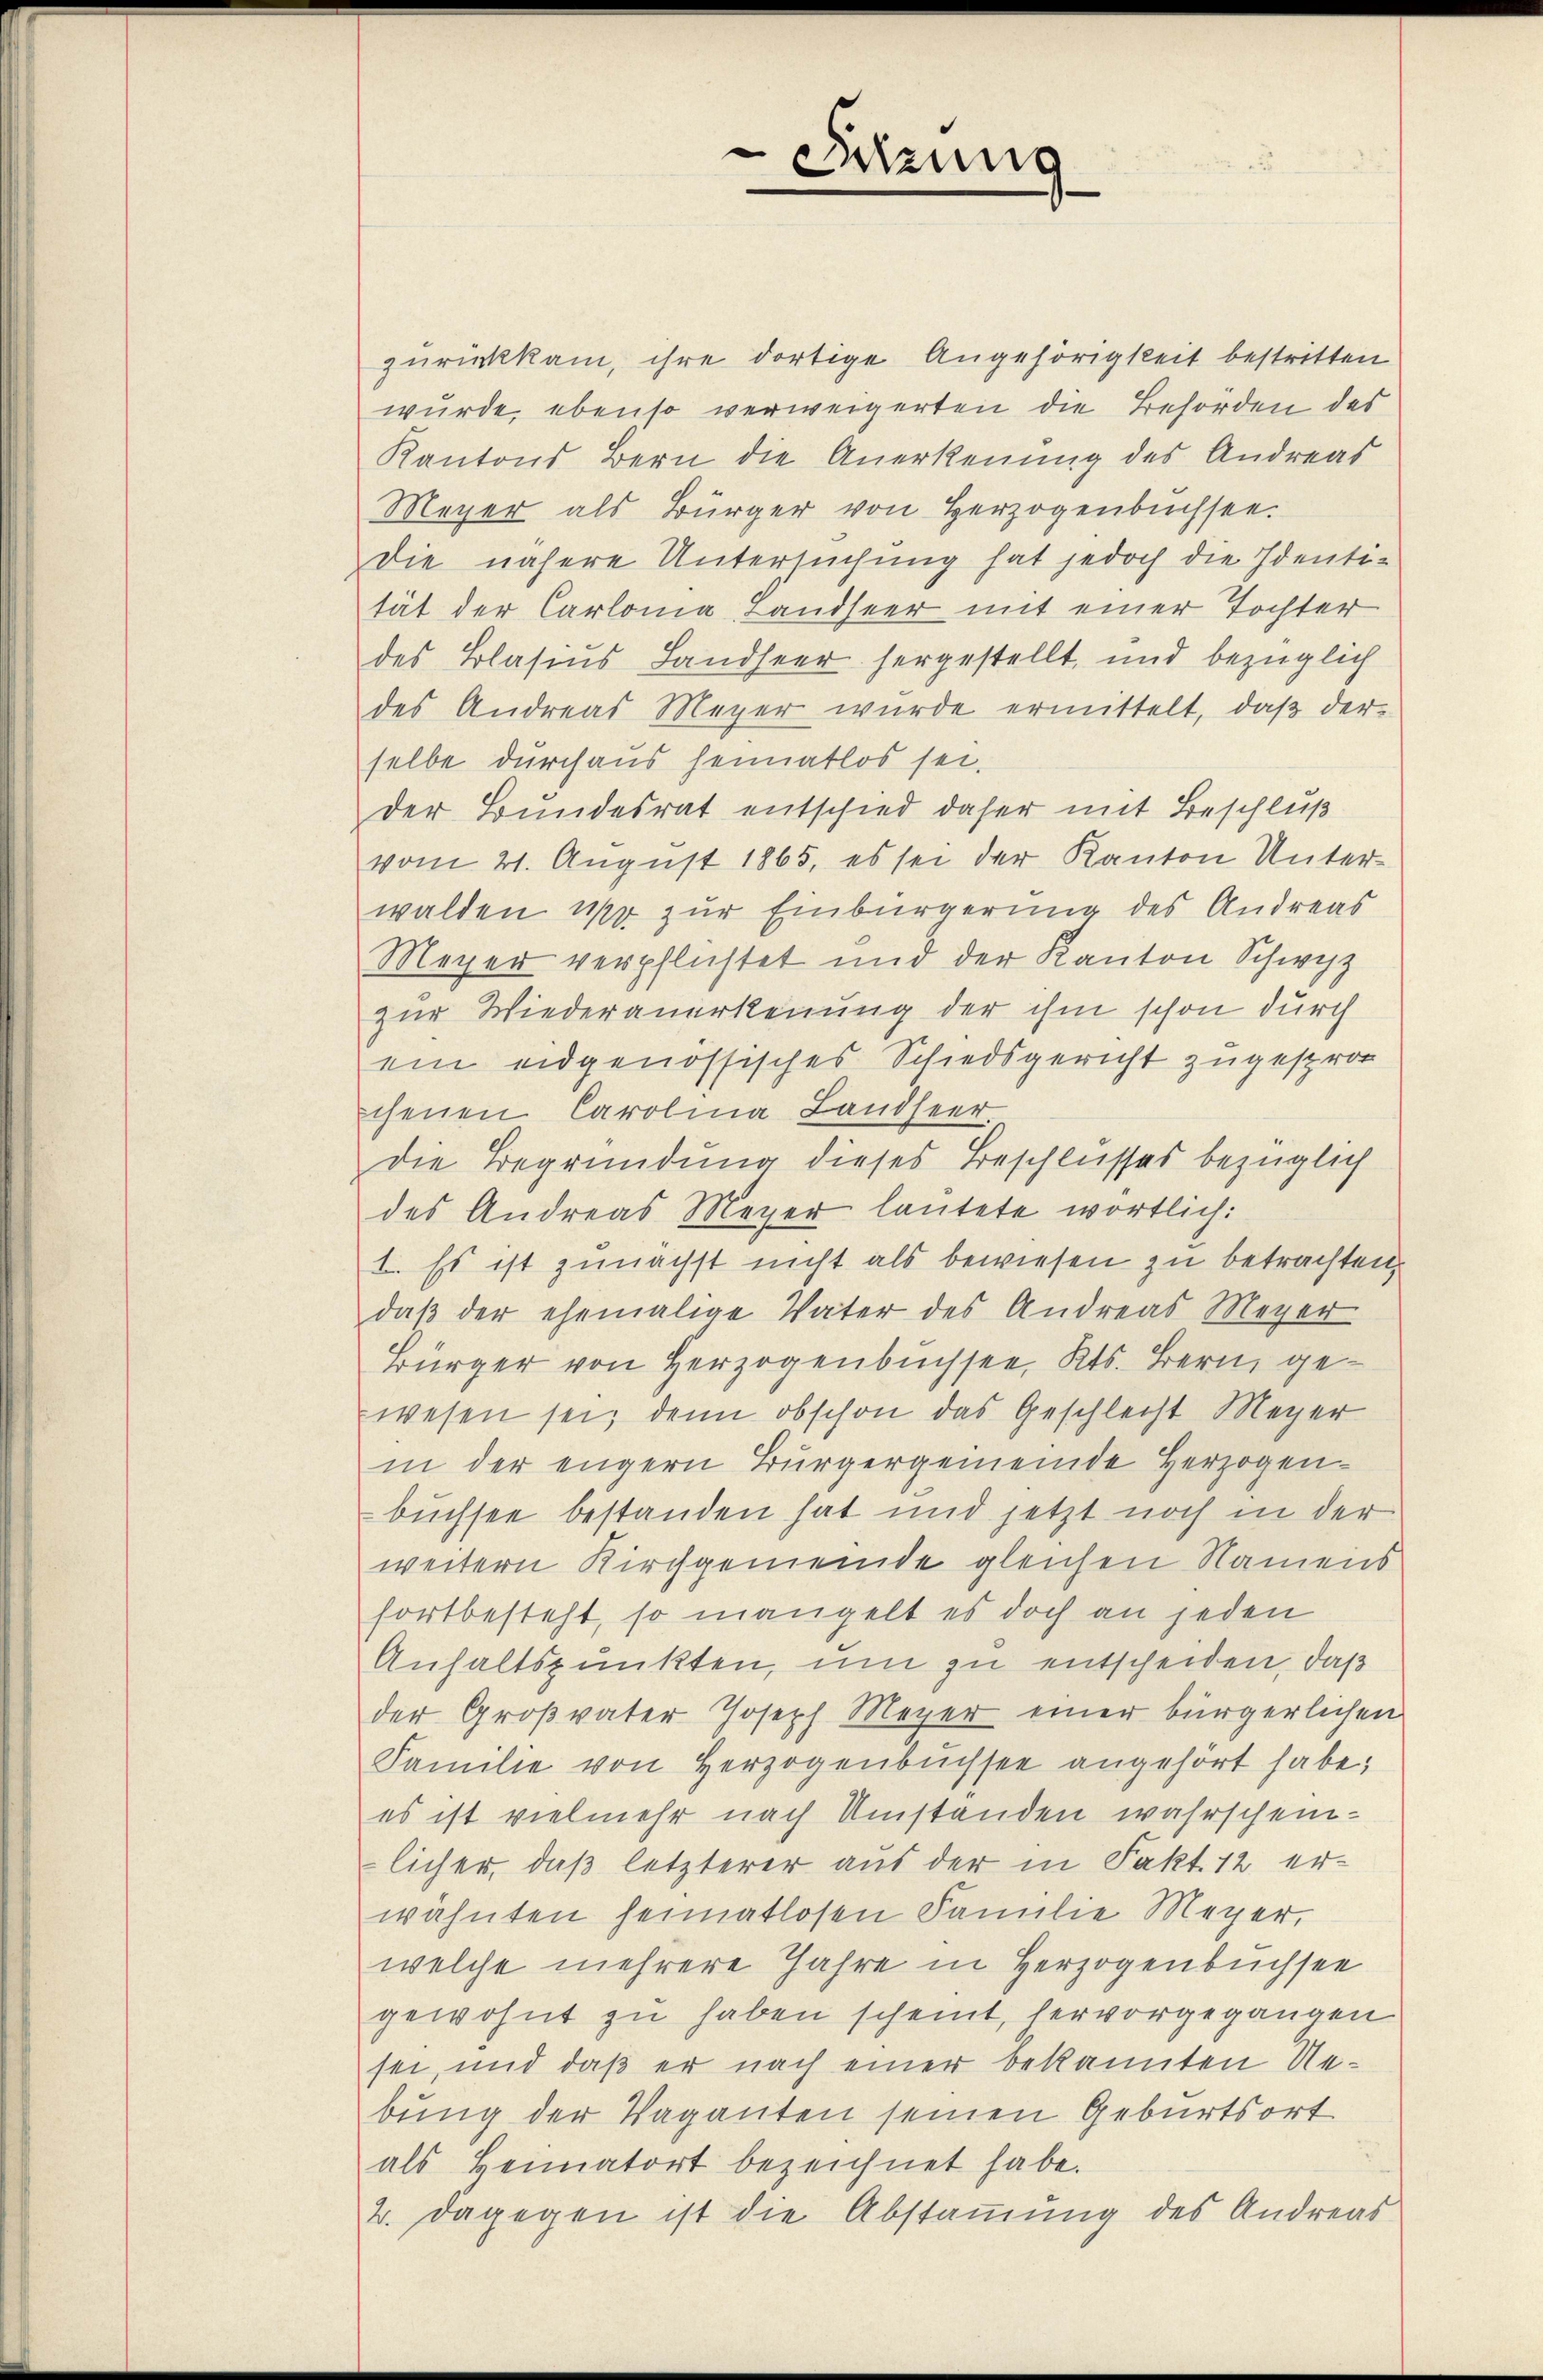
zurückkam, ihre dortige Angehörigkeit bestritten
wurde, ebenso verweigerten die Behörden des
Kantons Bern die Anerkennung des Andreas
Meyer als Bürger von Herzogenbüchsee.
Die nähere Untersuchung hat jedoch die Identi-
tät der Carloma, Landseer mit einer Tochter
des Blasius Landseer hergestellt, und bezüglich
des Andreas Meyer wurde ermittelt, daß der
selbe durchaus heimatlos sei.
der Bundesrat entschied daher mit Beschluß
vom 21. August 1865, es sei der Kanton Unterwalden, wo zur Einbürgerung des Andreas
Meyer verpflichtet und der Kanton Schwyz
zur Wiederanerkennung der ihm schon durch
ein eidgenössisches Schiedsgericht zugesproc
chenen Carolina Landseer.
Die Begründung dieses Beschlusses bezüglich
des Andreas Meyer lautete wörtlich:
1. Es ist zunächst nicht als bewiesen zu betrachten,
daß der ehemalige Vater des Andreas Meyer
Bürger von Herzogenbusser, Kts. Bern, gewesen sei, denn obschon das Geschlecht Meyer
in der engern Bürgergemeinde Herzogen-
büchsee bestanden hat und jetzt noch in der
weitern Kirchgemeinde gleichen Namens
fortbesteht, so mangelt es doch an jeden
Anhaltspunkten, um zu entscheiden, daß
der Großvater Joseph Meyer einer bürgerlichen
Familie von Herzogenbusser angehört habe;
es ist vielmehr nach Umstanden wahrschein-
licher, daß letzterer aus der in Fakt. 12 erwähnten heimatlosen Familie Meyer,
welche mehrere Jahre in Herzogenbüchsee
gewohnt zu haben scheint, hervorgegangen
sei, und daß er nach einer bekannten Uebung der Vaganten seinen Geburtsort
als Heimatort bezeichnet habe.
2. Dagegen ist die Abstammung des Andreas

Sitzung
.